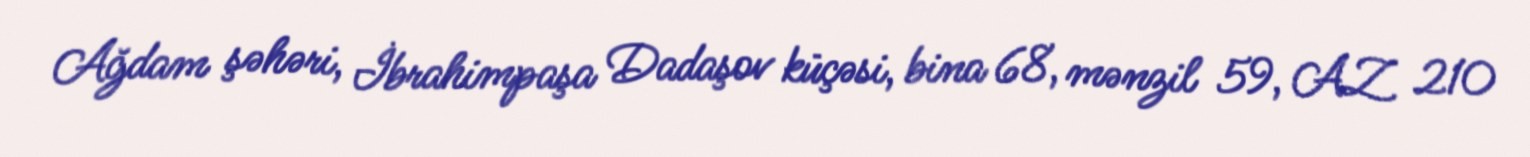
Ağdam şəhəri, İbrahimpaşa Dadaşov küçəsi, bina 68, mənzil 59, AZ 210